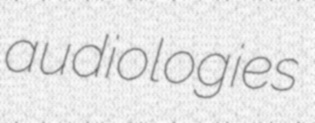
audiologies